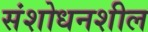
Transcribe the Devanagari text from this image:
संशोधनशील